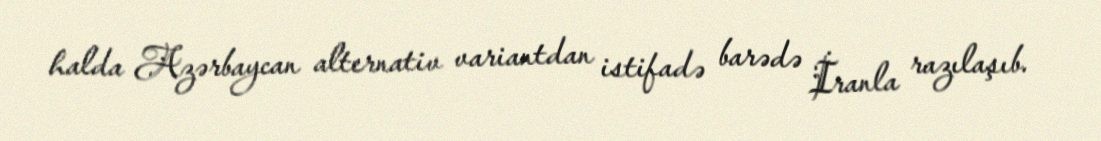
halda Azərbaycan alternativ variantdan istifadə barədə İranla razılaşıb.